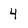
Character: 4